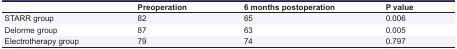
<table><thead><tr><td></td><td><b>Preoperation</b></td><td><b>6 months postoperation</b></td><td><b>P value</b></td></tr></thead><tbody><tr><td> STARR group </td><td> 82 </td><td> 65 </td><td> 0.006 </td></tr><tr><td> Delorme group </td><td> 87 </td><td> 63 </td><td> 0.005 </td></tr><tr><td> Electrotherapy group </td><td> 79 </td><td> 74 </td><td> 0.797 </td></tr></tbody></table>